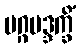
မဂ္ဂမဒ္ဒက္ခိံ